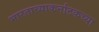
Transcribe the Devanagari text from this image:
भारताच्याकर्नाटकच्या